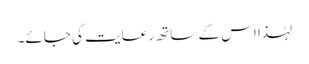
لہٰذا اس کے ساتھ رعایت کی جائے۔